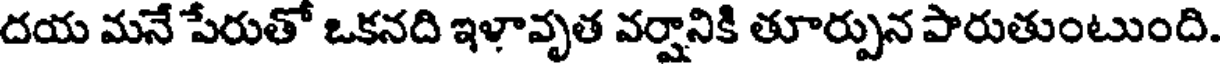
దయ మనే పేరుతో ఒకనది ఇళావృత వర్షానికి తూర్పున పారుతుంటుంది.